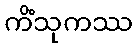
ကိံသုကဿ